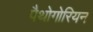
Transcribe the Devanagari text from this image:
पैथोगोरियन